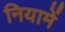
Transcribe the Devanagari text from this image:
नियामें